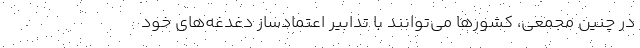
در چنین مجمعی، کشورها می‌توانند با تدابیر اعتمادساز دغدغه‌های خود